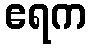
ဧရက